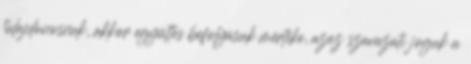
tulajdonosnak, akkor együttes befolyásuk mértéke, azaz szavazati joguk a